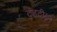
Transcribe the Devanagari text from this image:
दंडदीक्षा